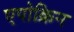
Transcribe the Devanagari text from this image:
एपोक्रिन